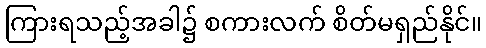
ကြားရသည့်အခါ၌ စကားလက် စိတ်မရှည်နိုင်။